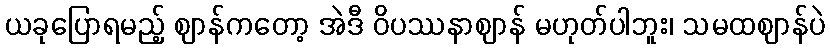
ယခုပြောရမည့် ဈာန်ကတော့ အဲဒီ ဝိပဿနာဈာန် မဟုတ်ပါဘူး၊ သမထဈာန်ပဲ